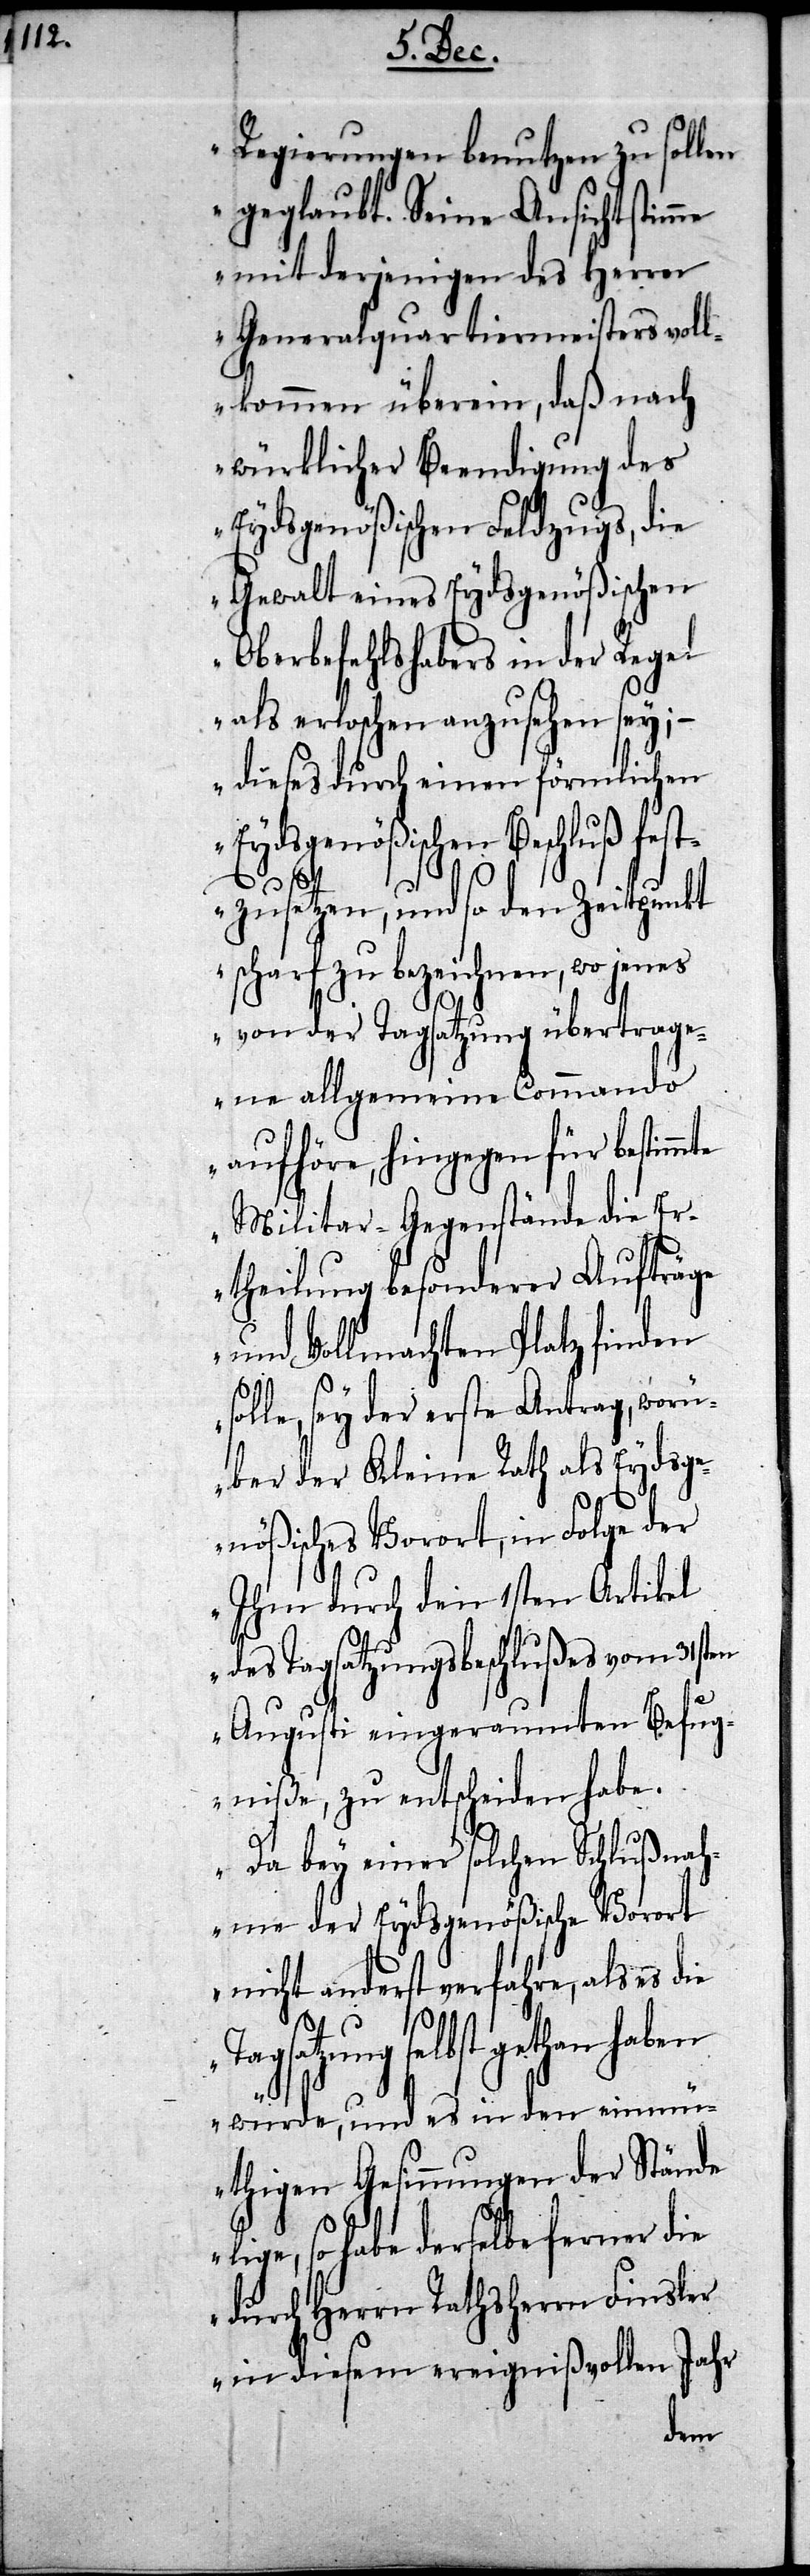
Regierungen benutzen zu sollen
geglaubt. Seine Ansicht stim¬
mit derjenigen des Herrn
Generalquartiermeisters voll¬
kommen überein, daß nach
würklicher Beendigung des
Eydsgenößischen Feldzugs, die
Gewalt eines Eydsgenößischen
Oberbefehlshabers in der Regel
als erloschen anzusehen sey;
– dieses durch einen förmlichen
ydsgenößischen Beschluß fes¬
tzusetzen, und so den Zeitpunkt
scharf zu bezeichnen, wo jenes
von der Tagsatzung übertrage¬
ne allgemeine Commando
Militar-Gegenstände die Er¬
theilung besonderer Aufträge
und Vollmachten Platz finden
le, sey der erste Antrag, wor¬
über der Kleine Rath als Eydsge¬
Tag¬
nößisches Vorort, in Folge der
Ihm durch den 1sten Artikel
des Tagsatzungsbeschlußes vom 31sten
Augusti eingeraumten Befug¬
niße, zu entscheiden habe.
Da bey einer solchen Schlußnah¬
me der Eydsgenößische Vorort
nicht anderst verfahre, als es
satzung selbst gethan haben
würde, und es in den einmü¬
thigen Gesinnungen der Stände
so habe derselbe ferner die
durch Herrn Rathsherrn Finsler
in diesem ereignißvollen Jahr